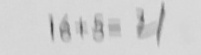
1 6 + 5 = 2 1